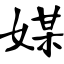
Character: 媒